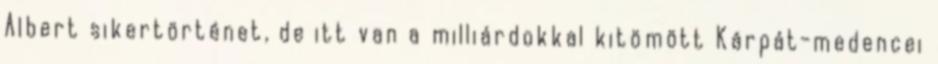
Albert sikertörténet, de itt van a milliárdokkal kitömött Kárpát-medencei